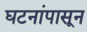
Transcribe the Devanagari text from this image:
घटनांपासून